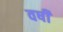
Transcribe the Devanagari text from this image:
वषी